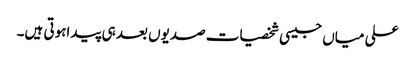
علی میاں جیسی شخصیات صدیوں بعد ہی پیداہوتی ہیں۔